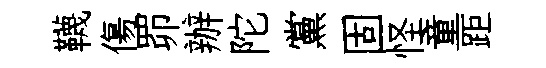
韈傷𦊑辦陀黨固怪童距